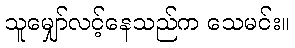
သူမျှော်လင့်နေသည်က သေမင်း။